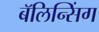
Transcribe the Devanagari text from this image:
बॅलिन्सिंग